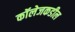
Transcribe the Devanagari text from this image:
कॉलेजकडील